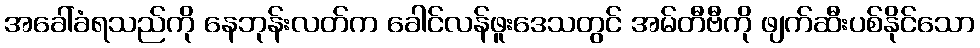
အခေါ်ခံရသည်ကို နေဘုန်းလတ်က ခေါင်လန်ဖူးဒေသတွင် အမ်တီဗီကို ဖျက်ဆီးပစ်နိုင်သော